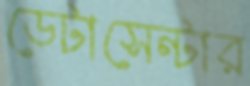
ডেটাসেন্টার